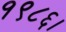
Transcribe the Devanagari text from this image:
१९८६।